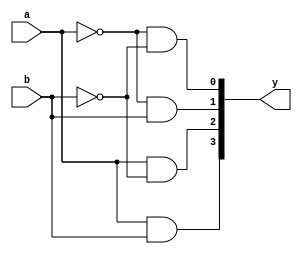
module decoder_dat(y, a, b);

input a, b;
output [3:0]y;

assign y[0] = ~a & ~b;
assign y[1] = ~a & b;
assign y[2] = a & ~b;
assign y[3] = a & b;

endmodule